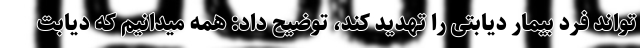
‌تواند فرد بیمار دیابتی را تهدید کند، توضیح داد: همه میدانیم که دیابت